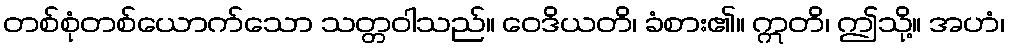
တစ်စုံတစ်ယောက်သော သတ္တဝါသည်။ ဝေဒိယတိ၊ ခံစား၏။ ဣတိ၊ ဤသို့။ အဟံ၊